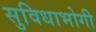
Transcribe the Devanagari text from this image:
सुविधाभोगी